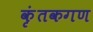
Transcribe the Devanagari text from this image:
कृंतकगण